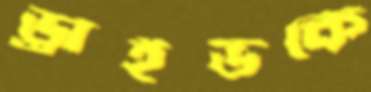
ড্রাইভকে